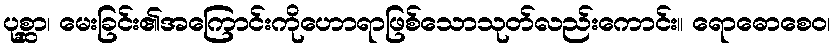
ပုစ္ဆာ၊ မေးခြင်း၏အကြောင်းကိုဟောရာဖြစ်သောသုတ်လည်းကောင်း။ ရောဓောစေဝ၊